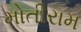
મોતીરામ